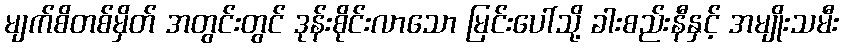
မျက်စိတစ်မှိတ် အတွင်းတွင် ဒုန်းစိုင်းလာသော မြင်းပေါ်သို့ ခါးစည်းနီနှင့် အမျိုးသမီး